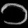
Digit: ၁